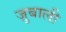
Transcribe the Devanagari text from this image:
ज़ुबाली